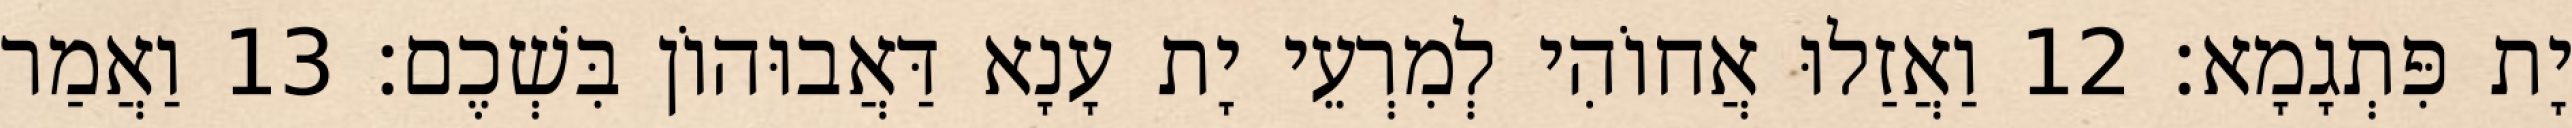
יָת פִּתְגָמָא׃ 12 וַאֲזַלוּ אֲחוֹהִי לְמִרְעֵי יָת עָנָא דַּאֲבוּהוֹן בִּשְׁכֶם׃ 13 וַאֲמַר